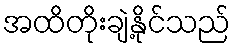
အထိတိုးချဲ့နိုင်သည်